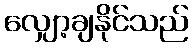
လျှော့ချနိုင်သည်